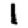
Digit: 1